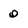
Character: 0